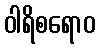
ဝါရိစရောဝ